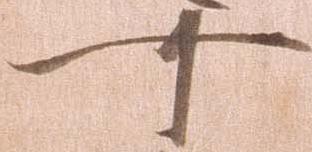
可